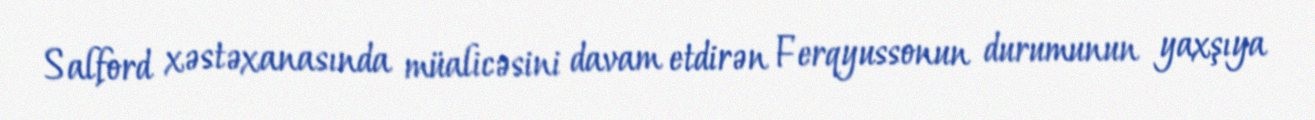
Salford xəstəxanasında müalicəsini davam etdirən Ferqyussonun durumunun yaxşıya